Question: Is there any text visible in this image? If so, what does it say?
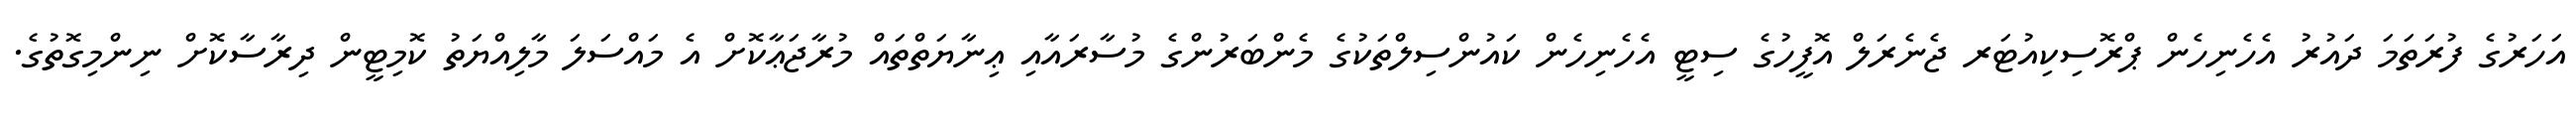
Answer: އަހަރުގެ ފުރަތަމަ ދައުރު އެހެނިހެން ޕްރޮސިކިއުޓަރ ޖެނެރަލް އޮފީހުގެ ސިޓީ އެހެނިހެން ކައުންސިލްތަކުގެ މެންބަރުންގެ މުސާރައާއި ޢިނާޔަތްތައް މުރާޖަޢާކޮށް އެ މައްސަލަ މާލިއްޔަތު ކޮމިޓީން ދިރާސާކޮށް ނިންމިގޮތުގެ.